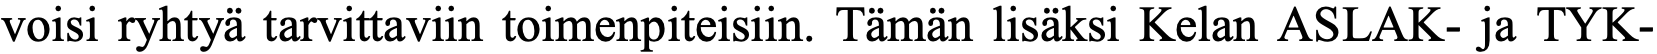
voisi ryhtyä tarvittaviin toimenpiteisiin. Tämän lisäksi Kelan ASLAK- ja TYK-